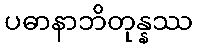
ပဓာနာဘိတုန္နဿ